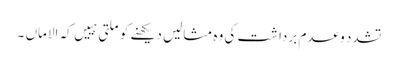
تشدد و عدم برداشت کی وہ مثالیں دیکھنے کو ملتی ہییں کہ الاماں ۔